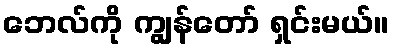
ဘေလ်ကို ကျွန်တော် ရှင်းမယ်။